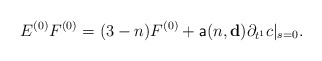
\begin{align*}E^{(0)} F^{(0)}=(3-n)F^{(0)}+\mathsf{a}(n,\mathbf{d})\partial_{t^1}c|_{s=0}.\end{align*}